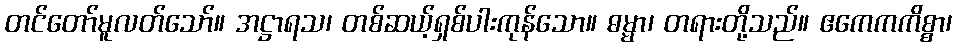
တင်တော်မူလတ်သော်။ အဋ္ဌာရသ၊ တစ်ဆယ့်ရှစ်ပါးကုန်သော။ ဓမ္မာ၊ တရားတို့သည်။ ဧကေကကိစ္စာ၊